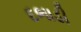
દભાડી